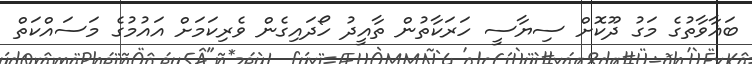
ބަޣާވާތުގެ މަގު ދޫކޮށް ސިޔާސީ ހަރަކާތުން ތާއީދު ހޯދައިގެން ވެރިކަމަށް އައުމުގެ މަސައްކަތް